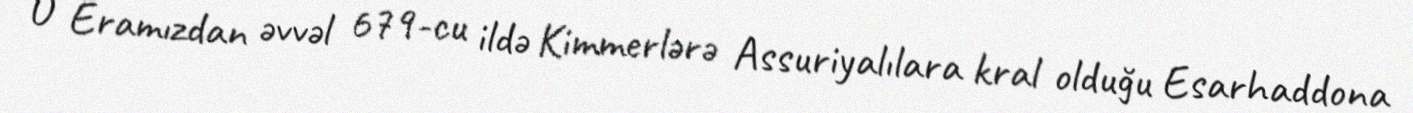
O Eramızdan əvvəl 679-cu ildə Kimmerlərə Assuriyalılara kral olduğu Esarhaddona